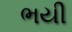
ભયી